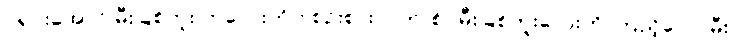
ပိုရှင်းအောင် မီးခြစ်ဘူး ကလေးကိုပဲ စဉ်းစား၊ ဂက်(စ်) မီးခြစ်ဘူးလေးကို ကြည့်လေ၊ မီး